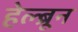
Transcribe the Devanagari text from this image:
हेल्ब्रून